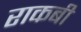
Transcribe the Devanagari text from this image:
राकबी